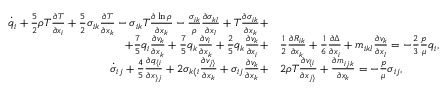
\begin{array} { r l } { \dot { q } _ { i } + \frac { 5 } { 2 } \rho T \frac { \partial T } { \partial x _ { i } } + \frac { 5 } { 2 } \sigma _ { i k } \frac { \partial T } { \partial x _ { k } } - \sigma _ { i k } T \frac { \partial \ln \rho } { \partial x _ { k } } - \frac { \sigma _ { i k } } { \rho } \frac { \partial \sigma _ { k l } } { \partial x _ { l } } + T \frac { \partial \sigma _ { i k } } { \partial x _ { k } } + } & { } \\ { + \frac { 7 } { 5 } q _ { i } \frac { \partial v _ { k } } { \partial x _ { k } } + \frac { 7 } { 5 } q _ { k } \frac { \partial v _ { i } } { \partial x _ { k } } + \frac { 2 } { 5 } q _ { k } \frac { \partial v _ { k } } { \partial x _ { i } } + } & { \frac { 1 } { 2 } \frac { \partial R _ { i k } } { \partial x _ { k } } + \frac { 1 } { 6 } \frac { \partial \Delta } { \partial x _ { i } } + m _ { i k l } \frac { \partial v _ { k } } { \partial x _ { l } } = - \frac { 2 } { 3 } \frac { p } { \mu } q _ { i } , } \\ { \dot { \sigma } _ { i j } + \frac { 4 } { 5 } \frac { \partial q _ { \langle i } } { \partial x _ { \rangle j } } + 2 \sigma _ { k \langle i } \frac { \partial v _ { j \rangle } } { \partial x _ { k } } + \sigma _ { i j } \frac { \partial v _ { k } } { \partial x _ { k } } + } & { 2 \rho T \frac { \partial v _ { \langle i } } { \partial x _ { j \rangle } } + \frac { \partial m _ { i j k } } { \partial x _ { k } } = - \frac { p } { \mu } \sigma _ { i j } , } \end{array}